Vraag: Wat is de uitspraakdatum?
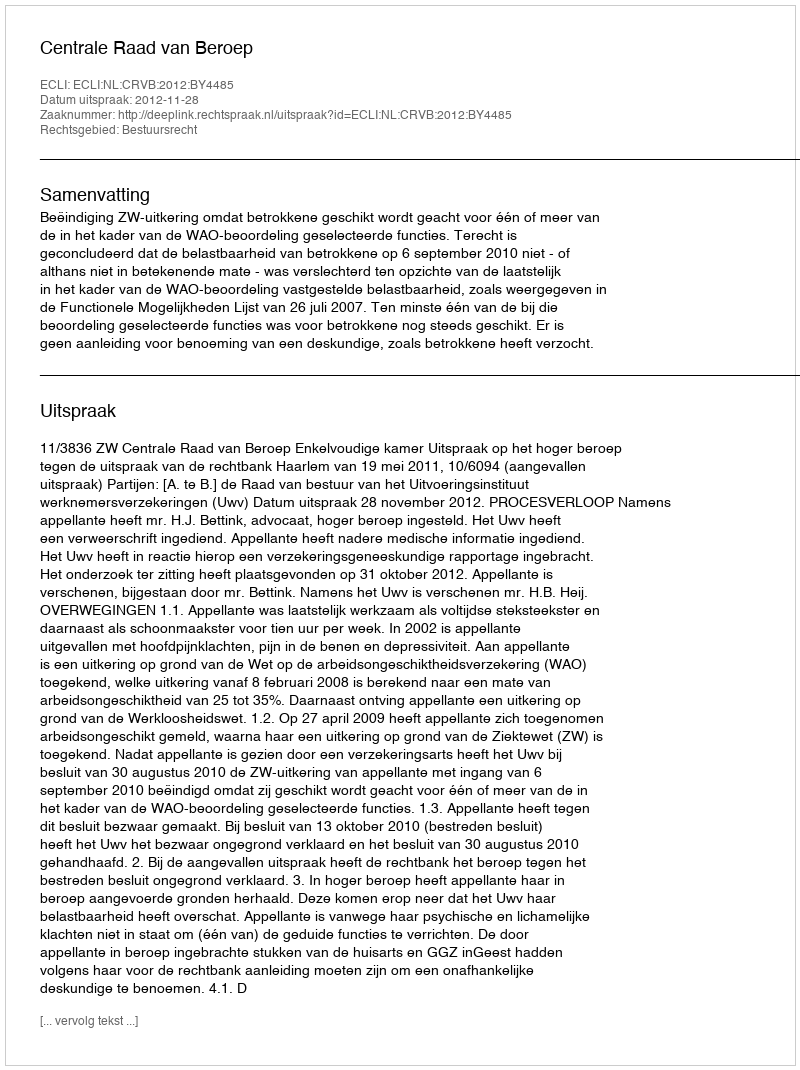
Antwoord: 2012-11-28